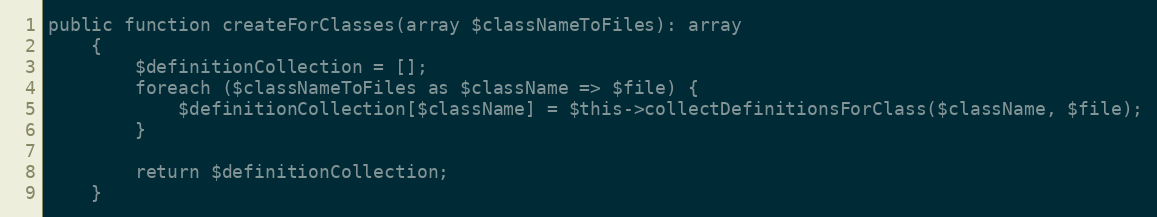
Language: PHP
public function createForClasses(array $classNameToFiles): array
    {
        $definitionCollection = [];
        foreach ($classNameToFiles as $className => $file) {
            $definitionCollection[$className] = $this->collectDefinitionsForClass($className, $file);
        }

        return $definitionCollection;
    }